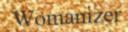
Womanizer